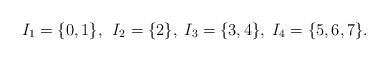
\begin{align*}I_1=\{0,1\},\,\;I_2=\{2\},\; I_3=\{3,4\},\;I_4=\{5,6,7\}.\end{align*}